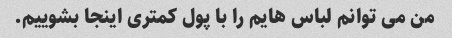
من می توانم لباس هایم را با پول کمتری اینجا بشوییم.